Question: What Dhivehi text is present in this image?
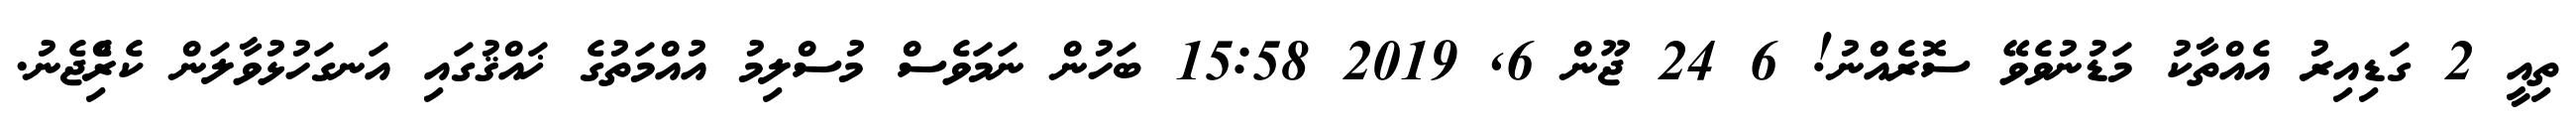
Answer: ތިއީ 2 ގަޑިއިރު އެއްތާކު މަޑުނުވެވޭ ސޮރެއްނު! 6 24 ޖޫން 6, 2019 15:58 ބަހުން ނަމަވެސް މުސްލިމު އުއްމަތުގެ ޚައްޤުގައި އަނގަހުޅުވާލަން ކެރިެްޖެނު.